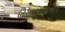
ઉથલાવનાર